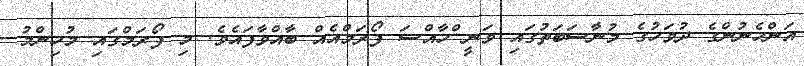
އަންހެނުންގެ ދުވަހުގެ މުނާސަބަތުގައި ވަނީ ްހާއްސަ ފޯރަމްއެއް ބާއްވާފައެވެ. މި ފޯރަމްގައި މުހިންމު